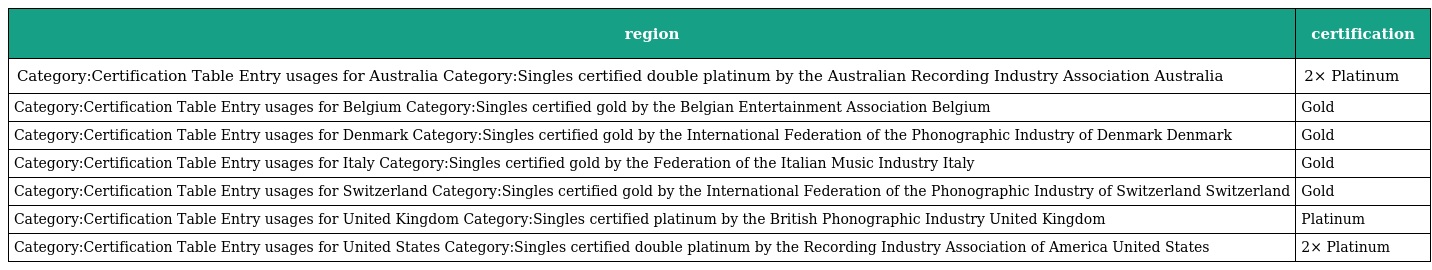
| region | certification |
 | --- | --- |
 | Category:Certification Table Entry usages for Australia Category:Singles certified double platinum by the Australian Recording Industry Association Australia | 2× Platinum |
 | Category:Certification Table Entry usages for Belgium Category:Singles certified gold by the Belgian Entertainment Association Belgium | Gold |
 | Category:Certification Table Entry usages for Denmark Category:Singles certified gold by the International Federation of the Phonographic Industry of Denmark Denmark | Gold |
 | Category:Certification Table Entry usages for Italy Category:Singles certified gold by the Federation of the Italian Music Industry Italy | Gold |
 | Category:Certification Table Entry usages for Switzerland Category:Singles certified gold by the International Federation of the Phonographic Industry of Switzerland Switzerland | Gold |
 | Category:Certification Table Entry usages for United Kingdom Category:Singles certified platinum by the British Phonographic Industry United Kingdom | Platinum |
 | Category:Certification Table Entry usages for United States Category:Singles certified double platinum by the Recording Industry Association of America United States | 2× Platinum |